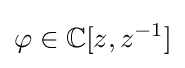
\varphi \in \mathbb {C} [z,z^{-1}]